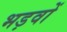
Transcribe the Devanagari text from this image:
भड़वों